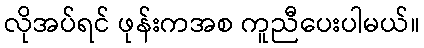
လိုအပ်ရင် ဖုန်းကအစ ကူညီပေးပါမယ်။